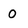
Character: 0